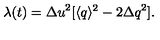
\lambda ( t ) = { \Delta u } ^ { 2 } [ \langle q \rangle ^ { 2 } - 2 { \Delta q } ^ { 2 } ] .